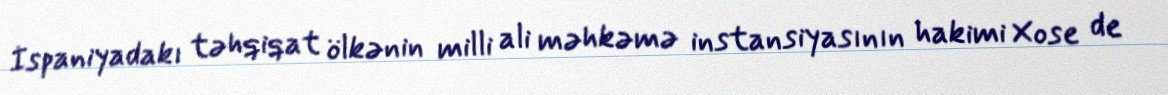
İspaniyadakı təhqiqat ölkənin milli ali məhkəmə instansiyasının hakimi Xose de